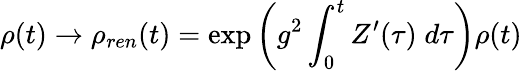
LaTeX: \rho(t)\rightarrow\rho_{ren}(t)=\exp\left(g^{2}\int_{0}^{t}Z^{\prime}(\tau)\; d\tau\right)\rho(t)